Scottish Leaving Certificate Examination, 1955
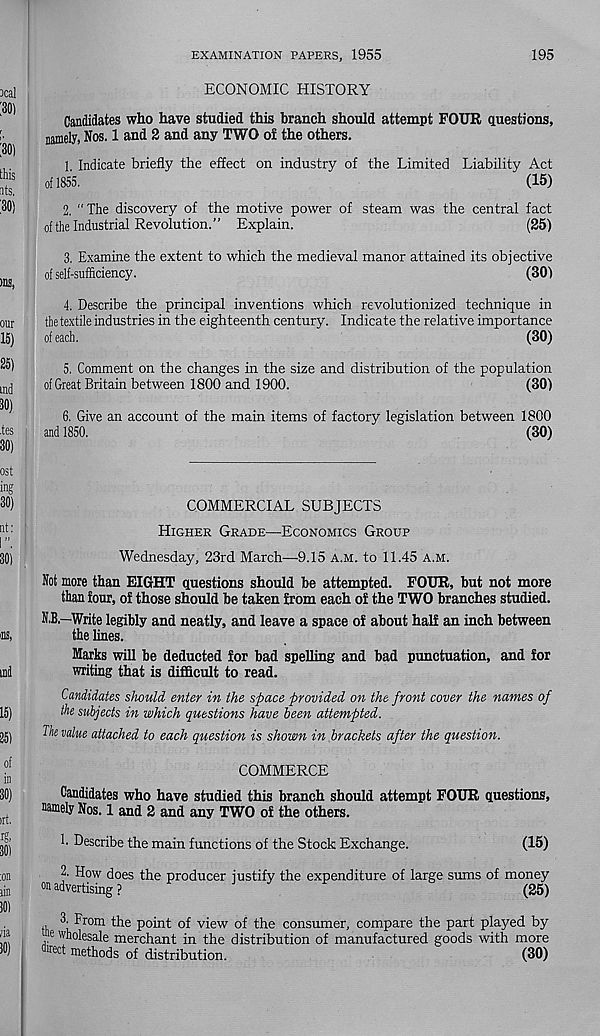
EXAMINATION PAPERS, 1955
195
ECONOMIC HISTORY
Candidates who have studied this branch should attempt FOUR questions,
namely, Nos. 1 and 2 and any TWO of the others.
1. Indicate briefly the effect on industry of the Limited Liability Act
of 1855.
(15)
2. "The discovery of the motive power of steam was the central fact
ofthe Industrial Revolution.” Explain.
(25)
3. Examine the extent to which the medieval manor attained its objective
of self-sufficiency.
(30)
4. Describe the principal inventions which revolutionized technique in
the textile industries in the eighteenth century. Indicate the relative importance
of each.
(30)
5. Comment on the changes in the size and distribution of the population
of Great Britain between 1800 and 1900.
(30)
6. Give an account of the main items of factory legislation between 1800
and 1850.
(30)
COMMERCIAL SUBJECTS
Higher Grade—Economics Group
Wednesday, 23rd March—9.15 a.m. to 11.45 a.m.
Not more than EIGHT questions should be attempted. FOUR, but not more
than four, of those should be taken from each of the TWO branches studied.
N.B.—Write legibly and neatly, and leave a space of about half an inch between
the lines.
Marks will be deducted for bad spelling and bad punctuation, and for
writing that is difficult to read.
Candidates should enter in the space provided on the front cover the names of
the subjects in which questions have been attempted.
The value attached to each question is shown in brackets after the question.
COMMERCE
Candidates who have studied this branch should attempt FOUR questions,
namely Nos. 1 and 2 and any TWO of the others.
1. Describe the main functions of the Stock Exchange.
(15)
2. How does the producer justify the expenditure of large sums of money
on advertising ?
(25)
3-From the point of view of the consumer, compare the part played by
e wholesale merchant in the distribution of manufactured goods with more
lrec t methods of distribution.
(30)